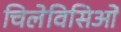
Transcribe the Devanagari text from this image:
चिलेविसिओं